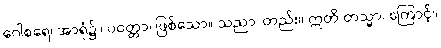
ဂေါစရေ၊ အာရုံ၌။ ပဝတ္တာ၊ ဖြစ်သော။ သညာ၊ တည်း။ ဣတိ တသ္မာ၊ ကြောင့်။